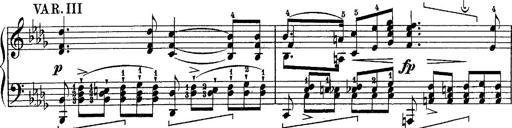
Title: Schubert's Impromptus [revised and edited by Franz Liszt]
Composer: Franz Liszt